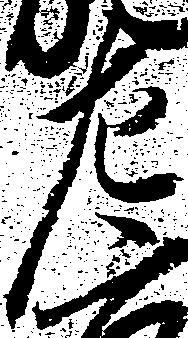
左